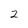
Character: 2